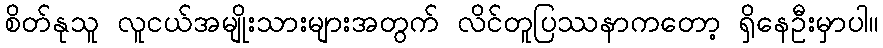
စိတ်နုသူ လူငယ်အမျိုးသားများအတွက် လိင်တူပြဿနာကတော့ ရှိနေဦးမှာပါ။